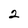
Character: 2